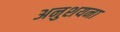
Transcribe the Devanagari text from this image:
अनुशयना